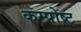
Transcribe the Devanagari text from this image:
कम्पोष्ट